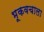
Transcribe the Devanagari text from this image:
भूकवचाला